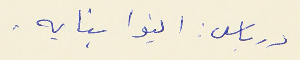
درباس : اينوا بنايه .